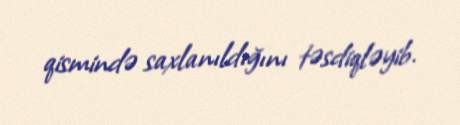
qismində saxlanıldığını təsdiqləyib.